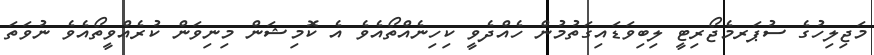
މަޖިލިހުގެ ސުޕަރމެޖޯރިޓީ ލިބިވަޑައިގަތުމުން ހެއްދެވީ ކިހިނެއްތޯއެވެ އެ ކޮމިޝަން މިނިވަން ކުރެއްވީތޯއެވެ ނުވަތަ